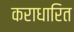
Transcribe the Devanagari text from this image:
कराधारित